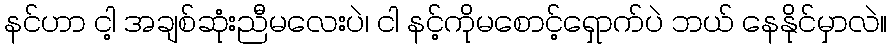
နင်ဟာ ငါ့ အချစ်ဆုံးညီမလေးပဲ၊ ငါ နင့်ကိုမစောင့်ရှောက်ပဲ ဘယ် နေနိုင်မှာလဲ။